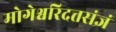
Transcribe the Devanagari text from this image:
मोगेश्वरिदत्तसंज्ञं